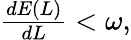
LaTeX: \begin{array}{r}{\frac{dE(L)}{dL}<\omega,}\end{array}